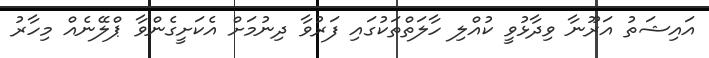
އައިޝަތު އަރޫނާ ވިދާޅުވީ ކުއްލި ހާލަތްތަކުގައި ފަރުވާ ދިނުމަށް އެކަށީގެންވާ ޕްލޭނެއް މިހާރު